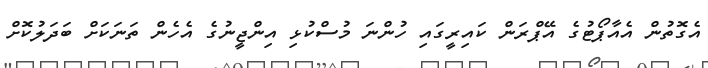
އެގޮތުން އެއާޕޯޓުގެ އޭޕްރަން ކައިރީގައި ހުންނަ މުސްކުޅި އިންޖީނުގެ އެހެން ތަނަކަށް ބަދަލުކޮށް